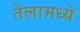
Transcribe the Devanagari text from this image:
तेलामध्ये